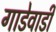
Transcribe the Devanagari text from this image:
गाडेवाडी